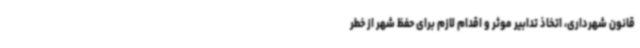
قانون شهرداری، اتخاذ تدابیر موثر و اقدام لازم برای حفظ شهر از خطر